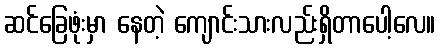
ဆင်ခြေဖုံးမှာ နေတဲ့ ကျောင်းသားလည်းရှိတာပေါ့လေ။